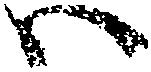
ハ